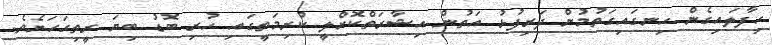
ހިފާލައިގެން ހިނގައިގަތުމުން ދަރިފުޅު އަތުން އިޝާރަތްކޮށްލީ ކުރިމަތީގައި ހުރި ބޮޑު ބިޔަ ރީތިގަހަށެވެ.